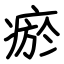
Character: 瘀